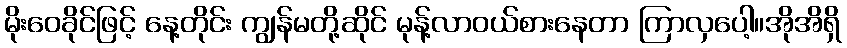
မိုးဝေခိုင်ဖြင့် နေ့တိုင်း ကျွန်မတို့ဆိုင် မုန့်လာဝယ်စားနေတာ ကြာလှပေါ့။အိုအိရှိ